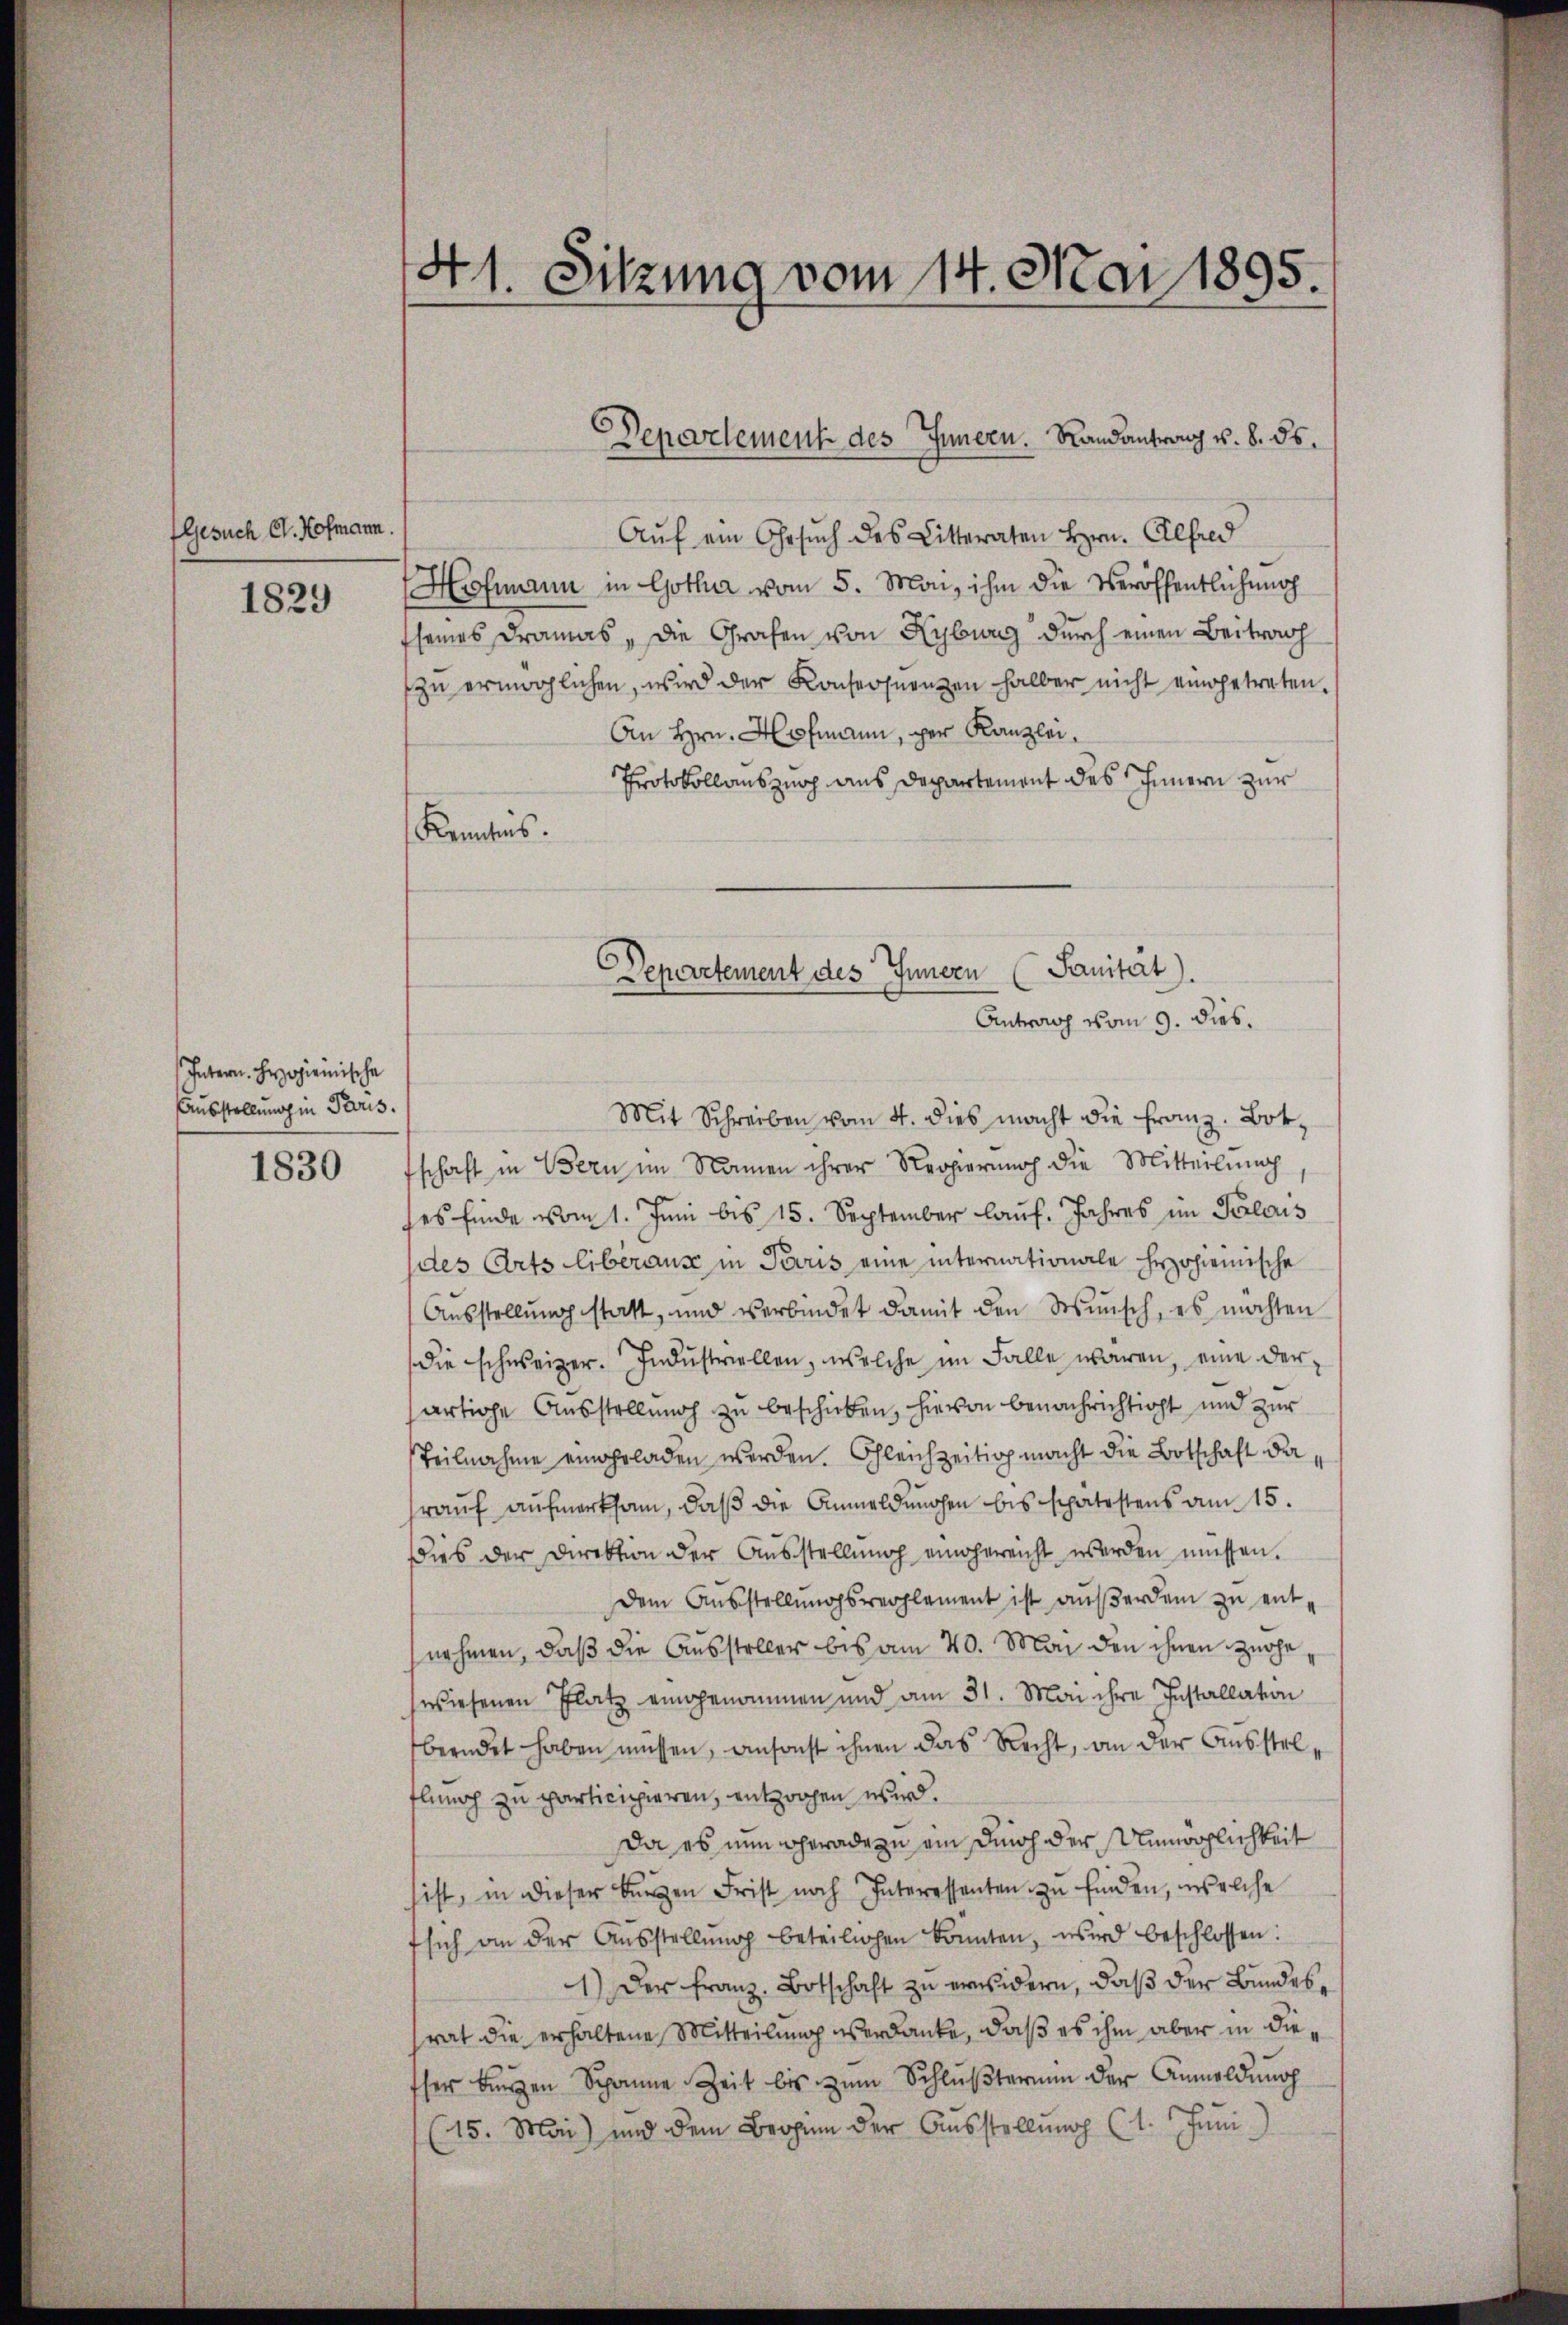
Gesuch Cl. Hofmann.
1829

Intern. Herzogienische
Ausstellung in Paris.

1830

41. Sitzung vom 14. Mai 1895.

Aŭf ein Gesŭch des Litteraten Hrn. Alfred
Hofmann in Gotha vom 5. Mai, ihm die Veröffentlichenoch
seines Dramas „Die Grafen von Kyburg durch einen Beitrag
zu ermöglichen, wird der Konsequenzen halber nicht eingetreten.
An Hrn. Hofmann, per Kanzlei,
Protokollauszug aus Departement des Innern zur
Kenntnis.
Mit Schreiben vom 4. dies macht die Franz. Botschaft in Bern im Namen ihrer Regierung die Mitteilung
ses finde vom 1. Juni bis 15. September laŭf. Jahres im Palous
des Arts liberaus in Paris eine internationale hypohieinische
Ausstellung statt, und verbindet damit den Wunsch, es möchten
die schweizer. Indŭstriellen, welche im Falle waren, eine derärtige Ausstellung zu beschieben, hievon benachrichtigt und zur
steilnahme eingeladen werden. Gleichzeitig macht die Botschaft da
rauf aufmerksam, daß die Anmeldungen bis spätestens am 15.
dies der Direktion der Aŭsstellŭng eingereicht werden müssen.
Dem Aŭsstellŭngsreclament ist außerdem zu entnehmen, daß die Aussteller bis am 20. Mai den ihnen Zürche,
wiesenen Platz eingenommen und am 31. Mai ihre Installation
beendet haben müssen, ansonst ihnen das Recht, an der Ausstelflung zu participieren, entzogen wird.
Da es nun geradezu ein durch der Unmöglichkeit
sist, in dieser Bürgen Frist noch Interessanten zu finden, welche
f sich an der Aŭsstellŭng beteilichen könnten, wird beschlossen:
1) Der Franz. Botschaft zu erwidern, daß der Bundesrat die erhaltene Mitteilung verdanke, daß es ihm aber in diesher bürgen Spanne Zeit bis zŭm Schlŭβterium der Anmeldŭng
(15. Mai) und dem Brohin der Ausstellung (1. Juni

Departement des Innern. Randantrag u. 8. ds.

Departement des Innern (Sanität).
Antrag vom 9. dies.